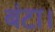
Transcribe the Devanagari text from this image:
बंटा।